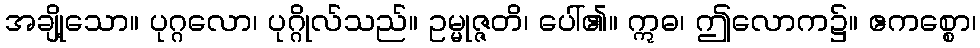
အချို့သော။ ပုဂ္ဂလော၊ ပုဂ္ဂိုလ်သည်။ ဥမ္မုဇ္ဇတိ၊ ပေါ်၏။ ဣဓ၊ ဤလောက၌။ ဧကစ္စော၊